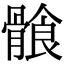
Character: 𩩶